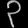
Digit: ၃